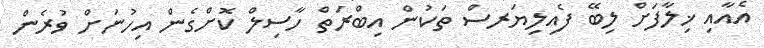
އެއާއި ޚިލާފަށް ލިބޭ ފެއިލިޔަރސް ތަކުން އިބްރަތް ހާސިލް ކޮށްގެން އިހުނަށް ވުރެން